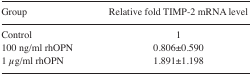
<table><thead><tr><td><b>Group</b></td><td><b>Relative fold TIMP-2 mRNA level</b></td></tr></thead><tbody><tr><td>Control</td><td>1</td></tr><tr><td>100 ng/ml rhOPN</td><td>0.806±0.590</td></tr><tr><td>1 μg/ml rhOPN</td><td>1.891±1.198</td></tr></tbody></table>